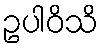
ဥပါဝိသိ